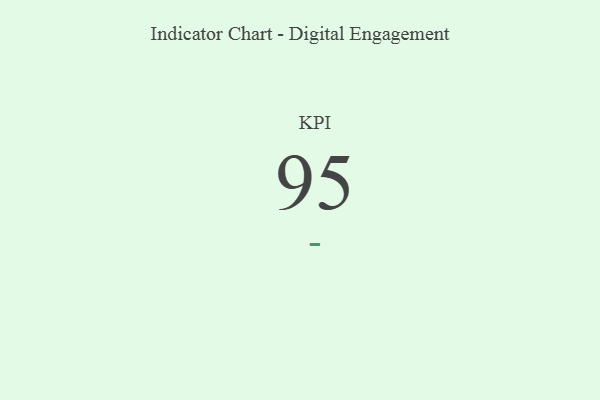
{"axis": {"x": "KPI", "y": "Value"}, "legend": [""], "data": [{"x": "KPI", "y": 95, "type": ""}]}